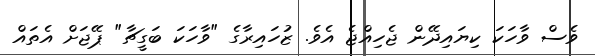
ވެސް ވާހަކަ ކިޔައިދޭން ޖެހިއްޖެ އެވެ. ޒުހައިރާގެ "ވާހަކަ ބަގީޗާ" ޕޭޖަށް އެތައް